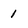
Character: 1